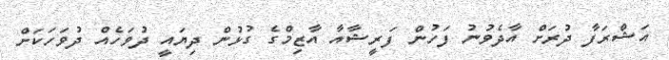
އަޝްރަފާ ދުރަށް އާދެވުނު ފަހުން ފަރީޝާއާ އާޒިމްގެ ގުޅުން ދިޔައީ ދުވަހެއް ދުވަހަކަށް